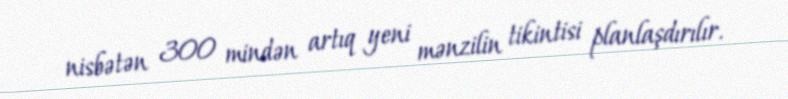
nisbətən 300 mindən artıq yeni mənzilin tikintisi planlaşdırılır.